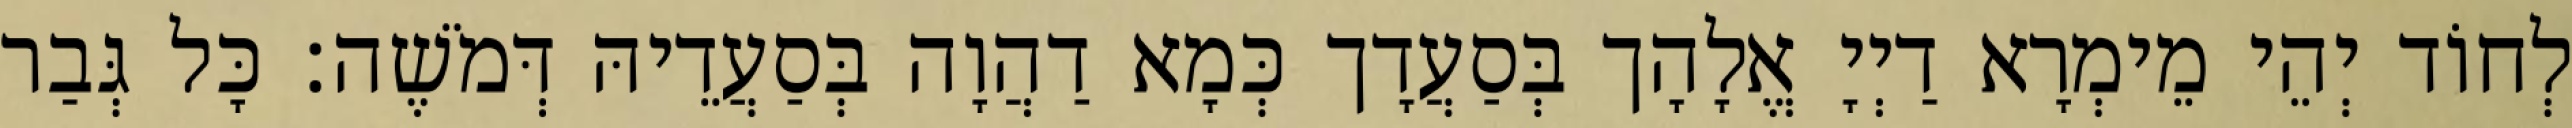
לְחוֹד יְהֵי מֵימְרָא דַיְיָ אֱלָהָך בְּסַעֲדָך כְּמָא דַהֲוָה בְּסַעֲדֵיהּ דְּמֹשֶׁה׃ כָּל גְּבַר